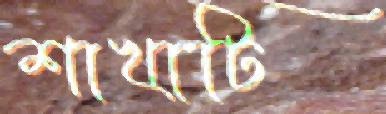
শাখাটি